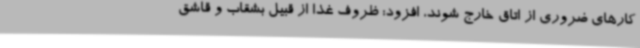
کارهای ضروری از اتاق خارج شوند، افزود: ظروف غذا از قبیل بشقاب و قاشق